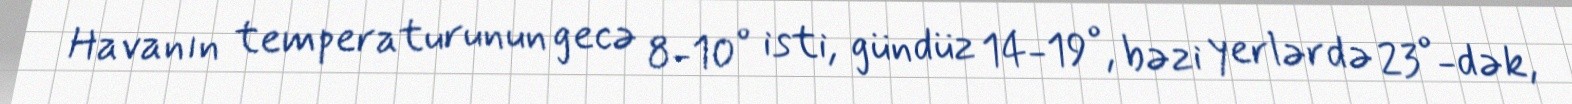
Havanın temperaturunun gecə 8-10° isti, gündüz 14-19°, bəzi yerlərdə 23°-dək,